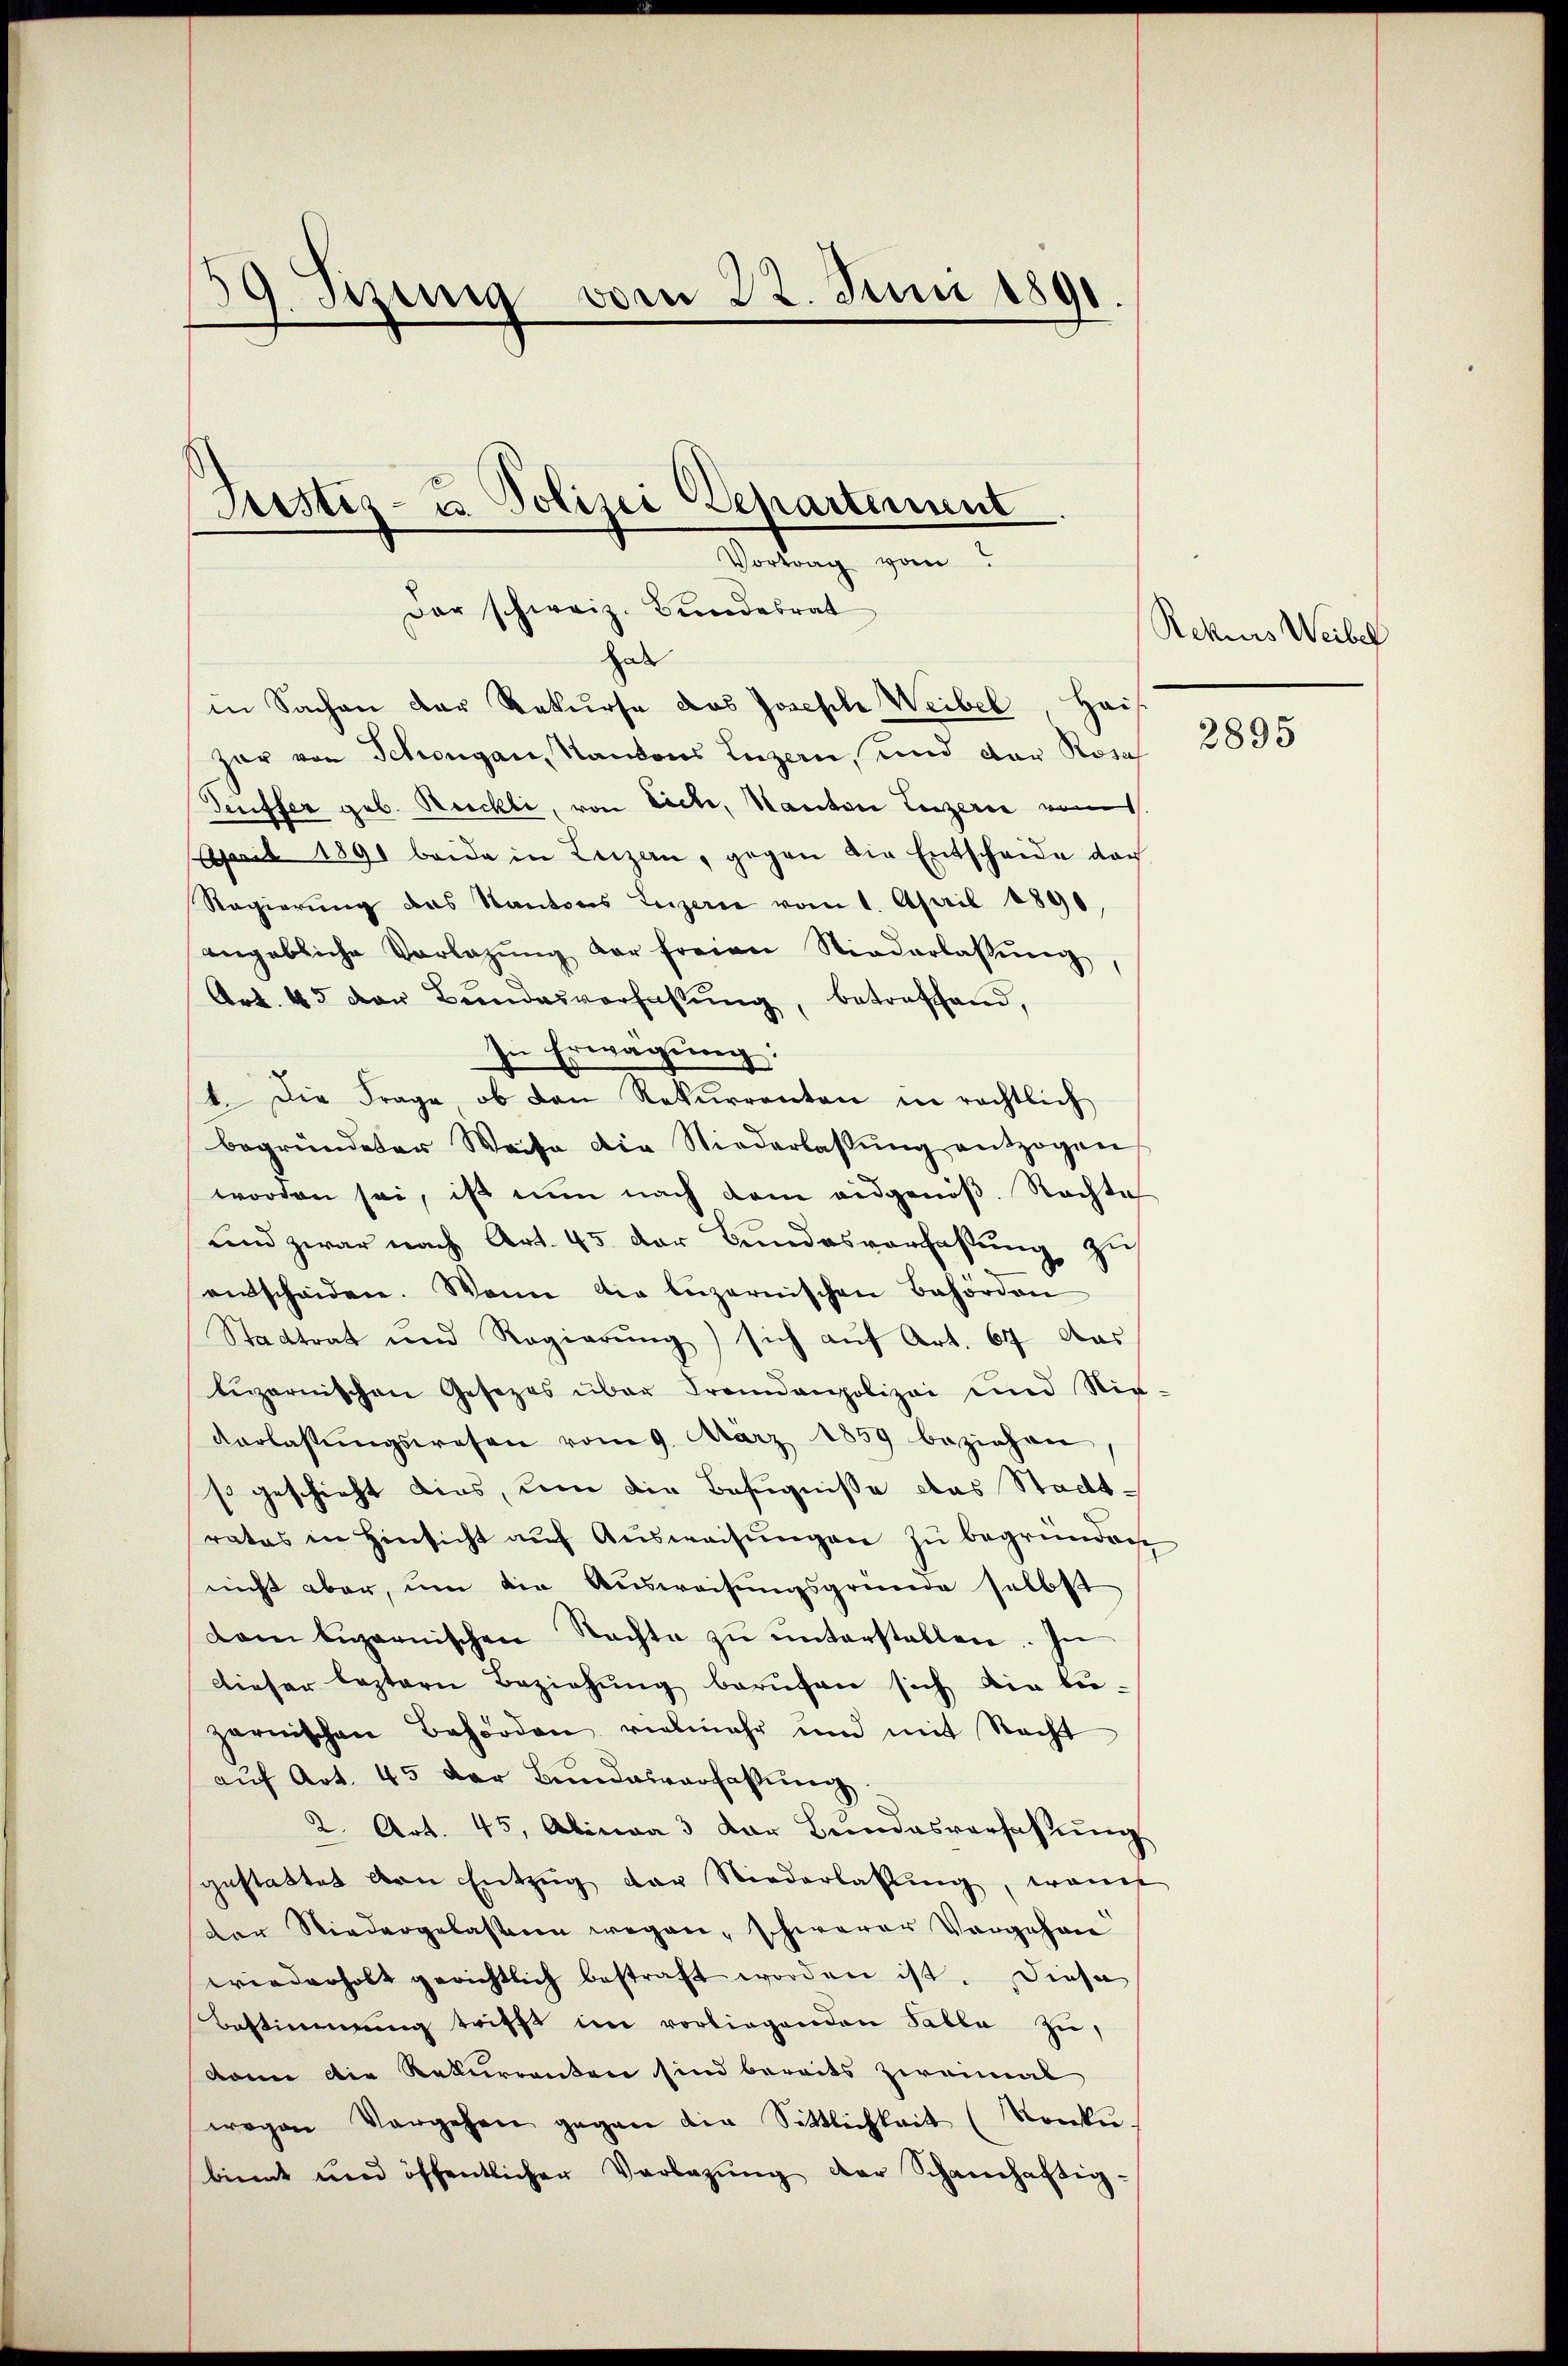
19. Juni vom 22. Juni 1891
Justiz- u. Polizei Departement
Vortrag vom

Dar schweiz. Bundesrat
hab
in Sachen der Rekurse das Joseph Weibel, Hai

zar von Schongau, Kantons Luzern, und der Rosa
Deuffer geb. Rückli, von Eiche, Kanton Luzern vom
April 1891 beide in Luzern, gegen die Entscheide dar
Regierung das Kantons Luzerne vom 1. April 1890
angebliche Vorlegŭng der freien Niederlassŭng,
Art. 45 der Beendesverfassung, betreffend,
In Erwägung:
b. Die Frage, ob den Rekurrenten in rechtlich
begründeter Weise die Niederlassŭng entzogen
worden sei, ist nun nach dem eidgenöβ. Rechte
und zwar nach Art. 45 der Bundesverfassung zu
entscheiden. Wenn die luzernischen Behörden
Stadtrat und Regierung) sich auf Art. 67 das
tŭzernischen Gesezes über Fremdenpolizei und Nie-
Vorlassŭngswesen vom 9. März 1859 beziehen,
so geschieht dies, um die Befugnisse das Stadtrates in Hinsicht aŭf Aŭsweisŭngen zŭ begründen
nicht aber, um die Ausweisungsgründe selbst
dam engarnischen Nachte zŭ ŭnterstallen. In
dieser leztern Beziehung berufen sich die be-
zarnischen Behörden vielmehr und mit Recht
auf Art. 45 der Bundesverfassung
2. Art. 45, Alina 3 der Bŭndesverfassŭng
gestattet von Entzŭg der Niederlaßung, womit
der Niedergelassen wegen, schwerer Vorgehen
wiederholt gerichtlich bestraft worden ist. Diese
Bestimmung trifft im vorliegenden Sable zu,
kann die Rekurrenten sind bereits zweimal
wegen Vorgehen gegen die Sittlichkeit (Konkŭ-
binnt und öffentlicher Verlegŭng der Schanhaftig-

Rekurs Weibel

2895